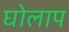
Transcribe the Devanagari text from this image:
घोलाप